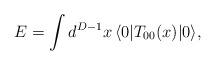
LaTeX: \begin{align*}E=\int d^{D-1}x\,\langle 0|T_{00}(x)|0\rangle,\end{align*}